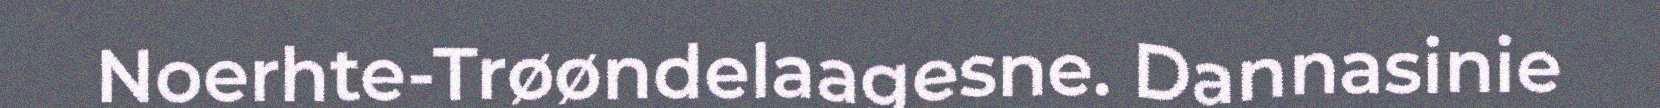
Noerhte-Trøøndelaagesne. Dannasinie